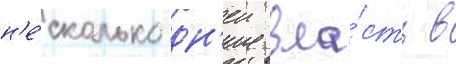
н'е́сколько дн'еи вла́сть в